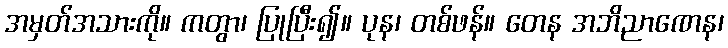
အမှတ်အသားကို။ ကတွာ၊ ပြုပြီး၍။ ပုန၊ တစ်ဖန်။ တေန အဘိညာဏေန၊